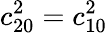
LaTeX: c_{20}^{2}=c_{10}^{2}